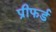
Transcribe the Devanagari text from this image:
प्रीफर्ड